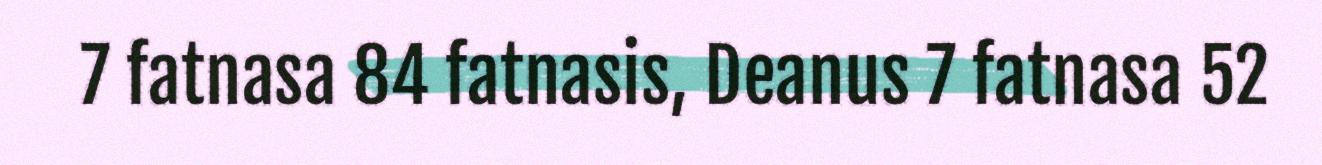
7 fatnasa 84 fatnasis, Deanus 7 fatnasa 52